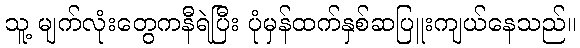
သူ့ မျက်လုံးတွေကနီရဲပြီး ပုံမှန်ထက်နှစ်ဆပြူးကျယ်နေသည်။